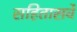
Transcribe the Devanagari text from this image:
सहितासर्वे